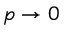
p \to 0